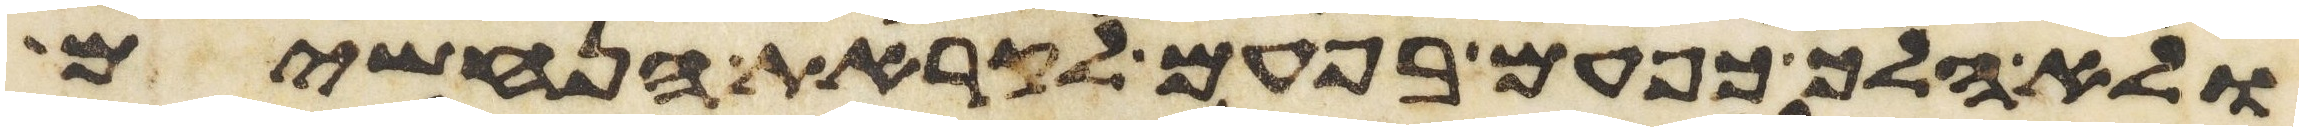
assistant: ולא הלך כפעם בפעם לקראת הנחשים